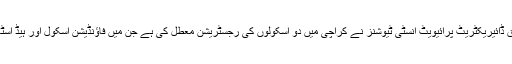
تفصیلات کے مطابق ڈائیریکٹریٹ پرائیویٹ انسٹی ٹیوشنز نے کراچی میں دو اسکولوں کی رجسٹریشن معطل کی ہے جن میں فاؤنڈیشن اسکول اور ہیڈ اسٹار اسکول شامل ہیں۔